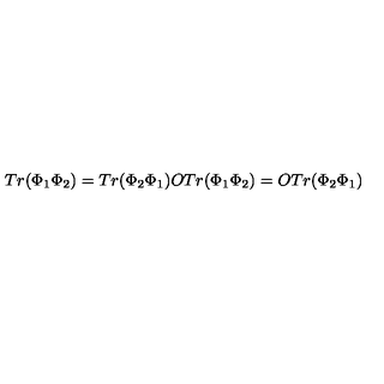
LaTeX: T r ( \Phi _ { 1 } \Phi _ { 2 } ) = T r ( \Phi _ { 2 } \Phi _ { 1 } ) O T r ( \Phi _ { 1 } \Phi _ { 2 } ) = O T r ( \Phi _ { 2 } \Phi _ { 1 } )